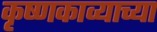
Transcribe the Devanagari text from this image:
कृष्णकाव्याच्या